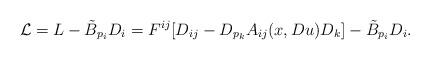
LaTeX: \begin{align*} \mathcal {L}=L-\tilde B_{p_i}D_i=F^{ij}[D_{ij}-D_{p_k}A_{ij}(x,Du)D_k]-\tilde B_{p_i}D_i. \end{align*}